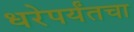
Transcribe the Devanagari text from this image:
धरेपर्यंतचा